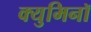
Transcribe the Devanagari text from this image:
क्युमिनॉ